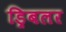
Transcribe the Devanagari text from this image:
ड्रिबलर